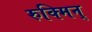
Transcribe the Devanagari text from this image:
रुक्मिन्‌